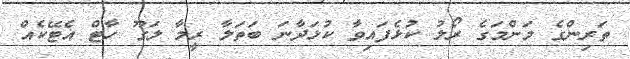
ތަރިންގެ މަންމަގެ ރޯލު ކުޅެފައިވާ ކުޅަދާނަ ބަތަލާ ރީމާ ލަގޫ ހާޓް އެޓޭކެއް